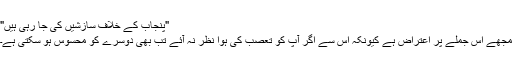
"پنجاب کے خلاف سازشیں کی جا رہی ہیں"
مجھے اس جملے پر اعتراض ہے کیونکہ اس سے اگر آپ کو تعصب کی ہوا نظر نہ آئے تب بھی دوسرے کو محسوس ہو سکتی ہے۔